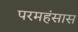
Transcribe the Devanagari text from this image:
परमहंसास